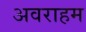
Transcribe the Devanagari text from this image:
अवराहम